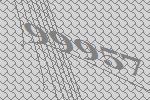
99957